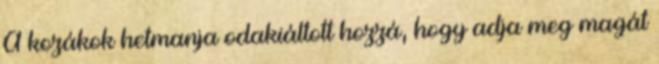
A kozákok hetmanja odakiáltott hozzá, hogy adja meg magát